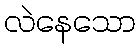
လဲနေသော